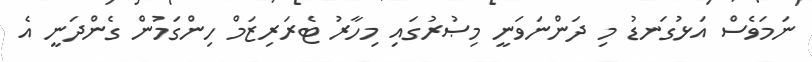
ނަމަވެސް އަޅުގަނޑު މި ދަންނަވަނީ މިޞުރުގައި މިހާރު ޓެރަރިޒަމް ހިންގަމުން ގެންދަނީ އެ